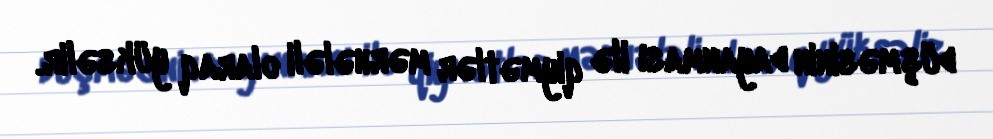
düşməsinin dayanması ilə qiymətlər mərhələli olaraq yüksəlir.